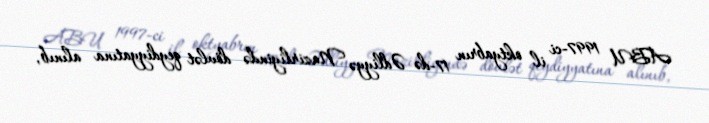
ABU 1997-ci il oktyabrın 17-də Ədliyyə Nazirliyində dövlət qeydiyyatına alınıb,